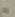
إذا